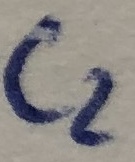
Text: C2